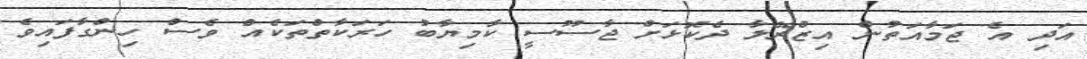
އަދި އެ ޖަމާއަތުން އިޒްރޭލާ ދެކޮޅަށް ޖާސޫސީ ކާމިޔާބު ހަރަކާތްތަކެއް ވެސް ހިންގާފައިވެ